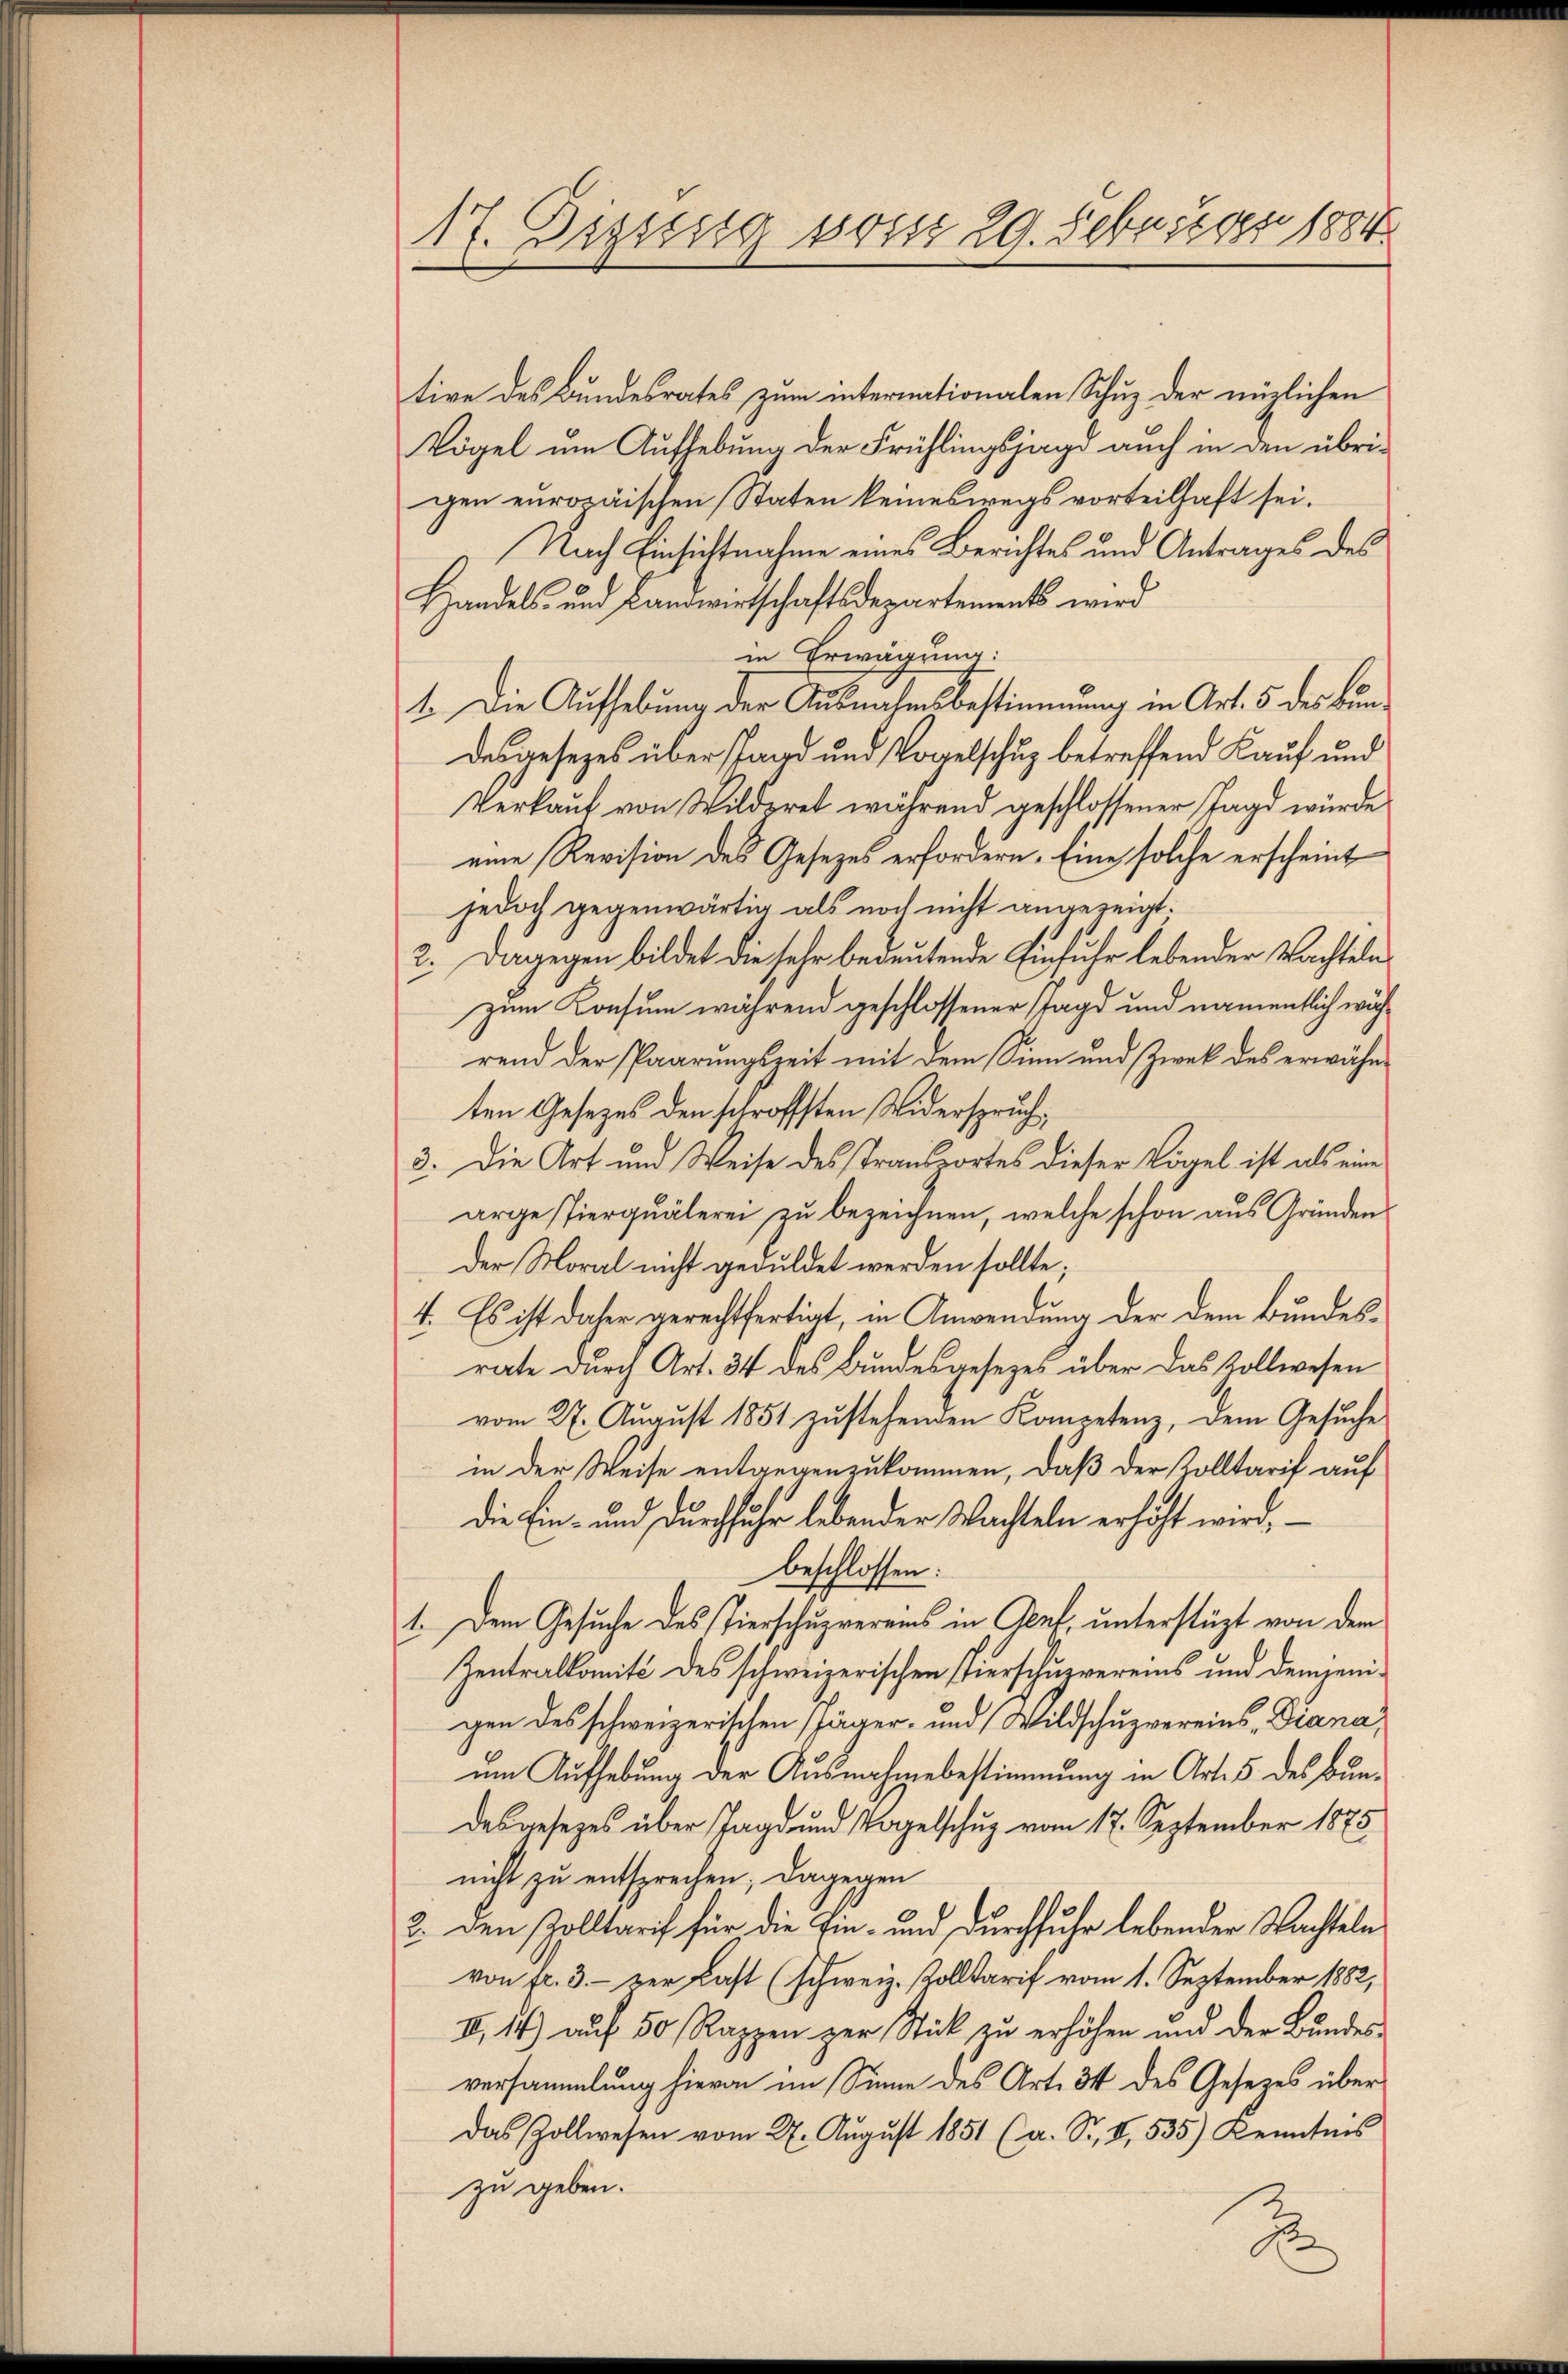
17. Dezung sonst 29. Seburt der 1884

tive des Bundesrates zum internationalen Schuz der möglichen
Vögel um Aufhebung der Frühlingsjagd auch in den übrigen europäischen Staten keineswegs vorteilhaft sei.
Nach Einsichtnahme eines Berichtes und Antrages des
Handels- und Landwirtschaftsdepartements wird
in Erwägung:
1. Die Aufhebung der Ausnahmsbestimmung in Art. 5 des Bundesgesezes über fand und Vogelschuz betreffend Kauf und
Verkauf von Wilderet während geschlossener Jagd würde
eine Revision des Gesetzes erfordern. Eine solche erscheint
jedoch gegenwärtig als noch nicht angezeigt.
2. Dagegen bildet die sehr bedeutende Einfuhr lebender Nachtelezum Konsum während geschlossener Stagd und namentlich während der Paarungszeit mit dem Sinn und Zwek des erwähnten Gesetzes den schrofften Widerspruch,
3. Die Art und Weise des Transportes dieser Vögel ist als eine
arge stierquälerei zu bezeichnen, welche schon aus Gründen
der Moral nicht geduldet werden sollte;
4. Es ist daher gerechtfertigt, in Anwendung der dem Bundesrate durch Art. 34 des Bundesgesezes über das Vollwesen
vom 27. August 1851 zustehenden Kompetenz, dem Gesuche
in der Weise entgegenzukommen, daß der Kolltarif auf
die Ein- und durchfuhr lebender Wachteln erhöht wird,
beschlossen:
1. Dem Gesuche des Tierschupvereins in Genf, unterstüzt von dem
Zentralkomité des schweizerischen Pierschuzvereins und demjenigen des schweizerischen Jäger- und Wildschuzvereins-Diana,
um Aufhebung der Ausnahmebestimmung in Art. 5 des Bundesgesetzes über Tage und Vogelschuz vom 17. September 1875
nicht zu entsprechen; dagegen
2. den Zolltarif für die Ein- und Durchfuhr lebender Wachteln
von fr. 3. - zur Last (schweiz. Kolltarif vom 1. September 1882,
II.14) auf 50 Rappen zur Stück zu erhöhen und der Bundesversammlung hievon im Sinne des Art. 34 des Gesetzes über
Das Zollwesen vom 27. August 1851 (a. S. I, 535) Kenntnis
zu geben.

2